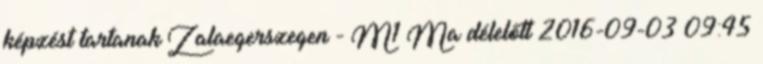
képzést tartanak Zalaegerszegen - M1 Ma délelőtt 2016-09-03 09:45